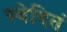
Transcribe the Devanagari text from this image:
स्वेदितं